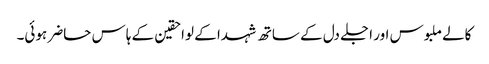
کالے ملبوس اور اجلے دل کے ساتھ شہدا کے لواحقین کے ہاس حاضر ہوئی۔